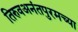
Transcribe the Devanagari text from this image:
तिरुवअनंतपुरमच्या